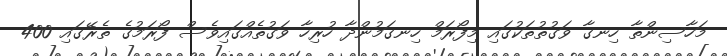
މަހާސިންތާ ހިނގާ ވަގުތުތަކުގައި މިފޯރަމް ހިނގަމުންދާ ހުރިހާ ވަގުތެއްގައިވެސް ފޯރަމުގެ ތެރޭގައި 400